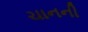
ચાનની